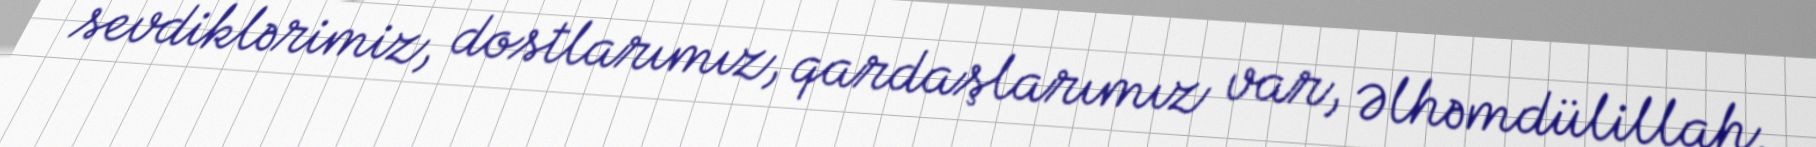
sevdiklərimiz, dostlarımız, qardaşlarımız var, Əlhəmdülillah.